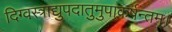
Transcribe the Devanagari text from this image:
दिग्वस्त्राद्युपदातुमुपाकर्षन्तम्‌।